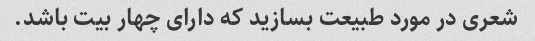
شعری در مورد طبیعت بسازید که دارای چهار بیت باشد.